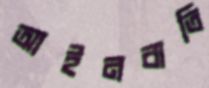
আইনবাতি